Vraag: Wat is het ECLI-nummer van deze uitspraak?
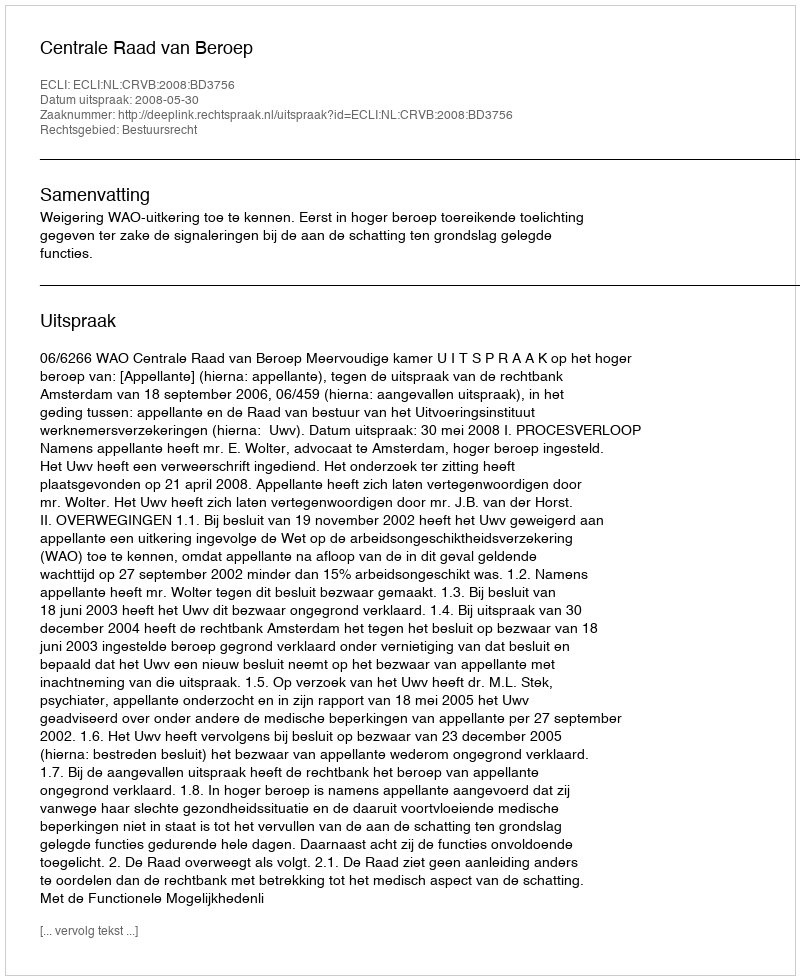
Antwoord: ECLI:NL:CRVB:2008:BD3756